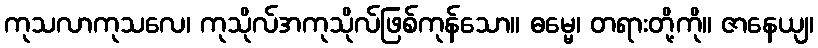
ကုသလာကုသလေ၊ ကုသိုလ်အကုသိုလ်ဖြစ်ကုန်သော။ ဓမ္မေ၊ တရားတို့ကို။ ဇာနေယျ၊